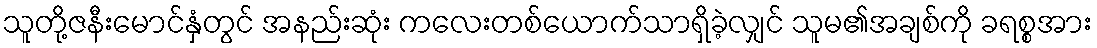
သူတို့ဇနီးမောင်နှံတွင် အနည်းဆုံး ကလေးတစ်ယောက်သာရှိခဲ့လျှင် သူမ၏အချစ်ကို ခရစ္စအား